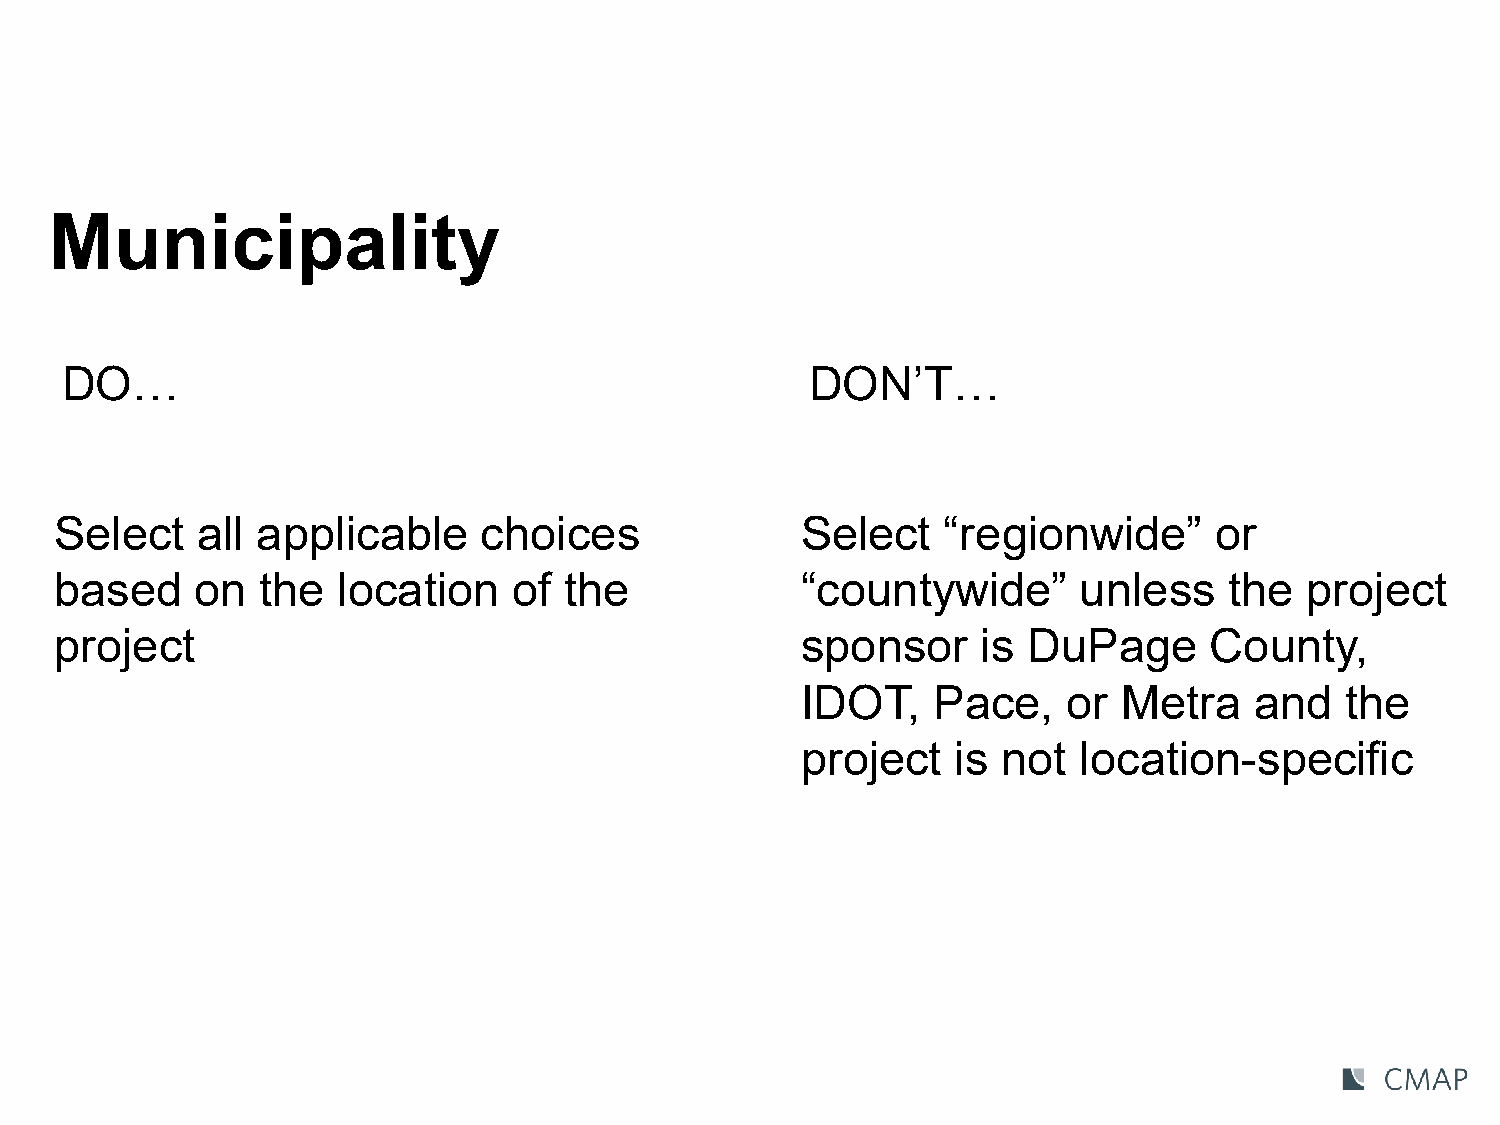
Municipality
 DO…                                               DON’T…
 Select   all applicable     choices              Select   “regionwide”      or
 based    on  the  location    of the             “countywide”      unless    the  project
 project                                          sponsor     is DuPage      County,
 IDOT,    Pace,    or Metra    and   the
 project   is not  location-specific